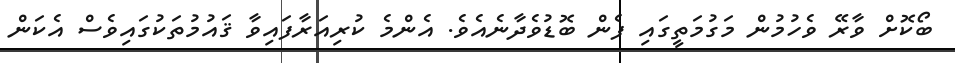
ބޯކޮށް ވާރޭ ވެހުމުން މަގުމަތީގައި ފެން ބޮޑުވެދާނެއެވެ. އެންމެ ކުރިއަރާފައިވާ ޤައުމުތަކުގައިވެސް އެކަން